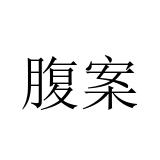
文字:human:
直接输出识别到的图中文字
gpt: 腹案